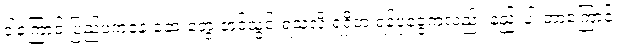
ဒါ့ကြောင့် ပြည်ပကနေ ဆေးတွေ တင်သွင်းရသလို ရရှိတဲ့ ရန်ပုံငွေကလည်း နည်းပါးတာကြောင့်